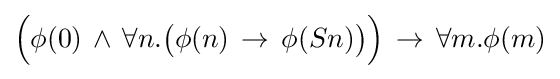
{\Big (}\phi (0)\,\land \,\forall n.{\big (}\phi (n)\,\to \,\phi (Sn){\big )}{\Big )}\,\to \,\forall m.\phi (m)